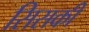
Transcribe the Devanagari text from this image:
सिसकी